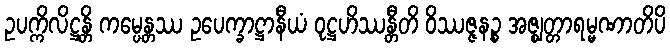
ဥပက္ကိလိဋ္ဌန္တိ ကမ္ပေန္တဿ ဥပေက္ခာဋ္ဌာနီယံ ဝုဋ္ဌဟိဿန္တီတိ ဝိဿဇ္ဇနဉ္စ အဇ္ဈတ္တာရမ္မဏာတိပိ